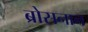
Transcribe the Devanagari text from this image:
ब्रोसनान